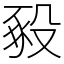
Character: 𧰵